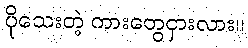
ပိုသေးတဲ့ ကားတွေငှားလား။